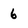
Character: 6